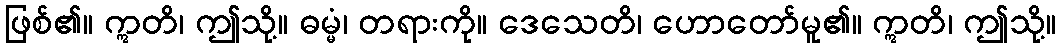
ဖြစ်၏။ ဣတိ၊ ဤသို့။ ဓမ္မံ၊ တရားကို။ ဒေသေတိ၊ ဟောတော်မူ၏။ ဣတိ၊ ဤသို့။